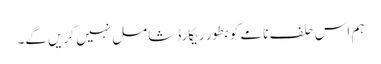
ہم اس حلف نامے کو بطور ریکارڈ شامل نہیں کریں گے۔